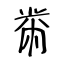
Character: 黹